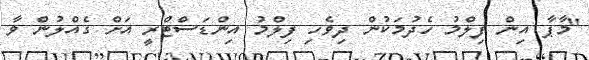
"މާޕާ އިން ފިލްމު ހެދުމަކުން ދިވެހި ފިލްމު އިންޑަސްޓްރީ އަށް ގެއްލުން ވާ